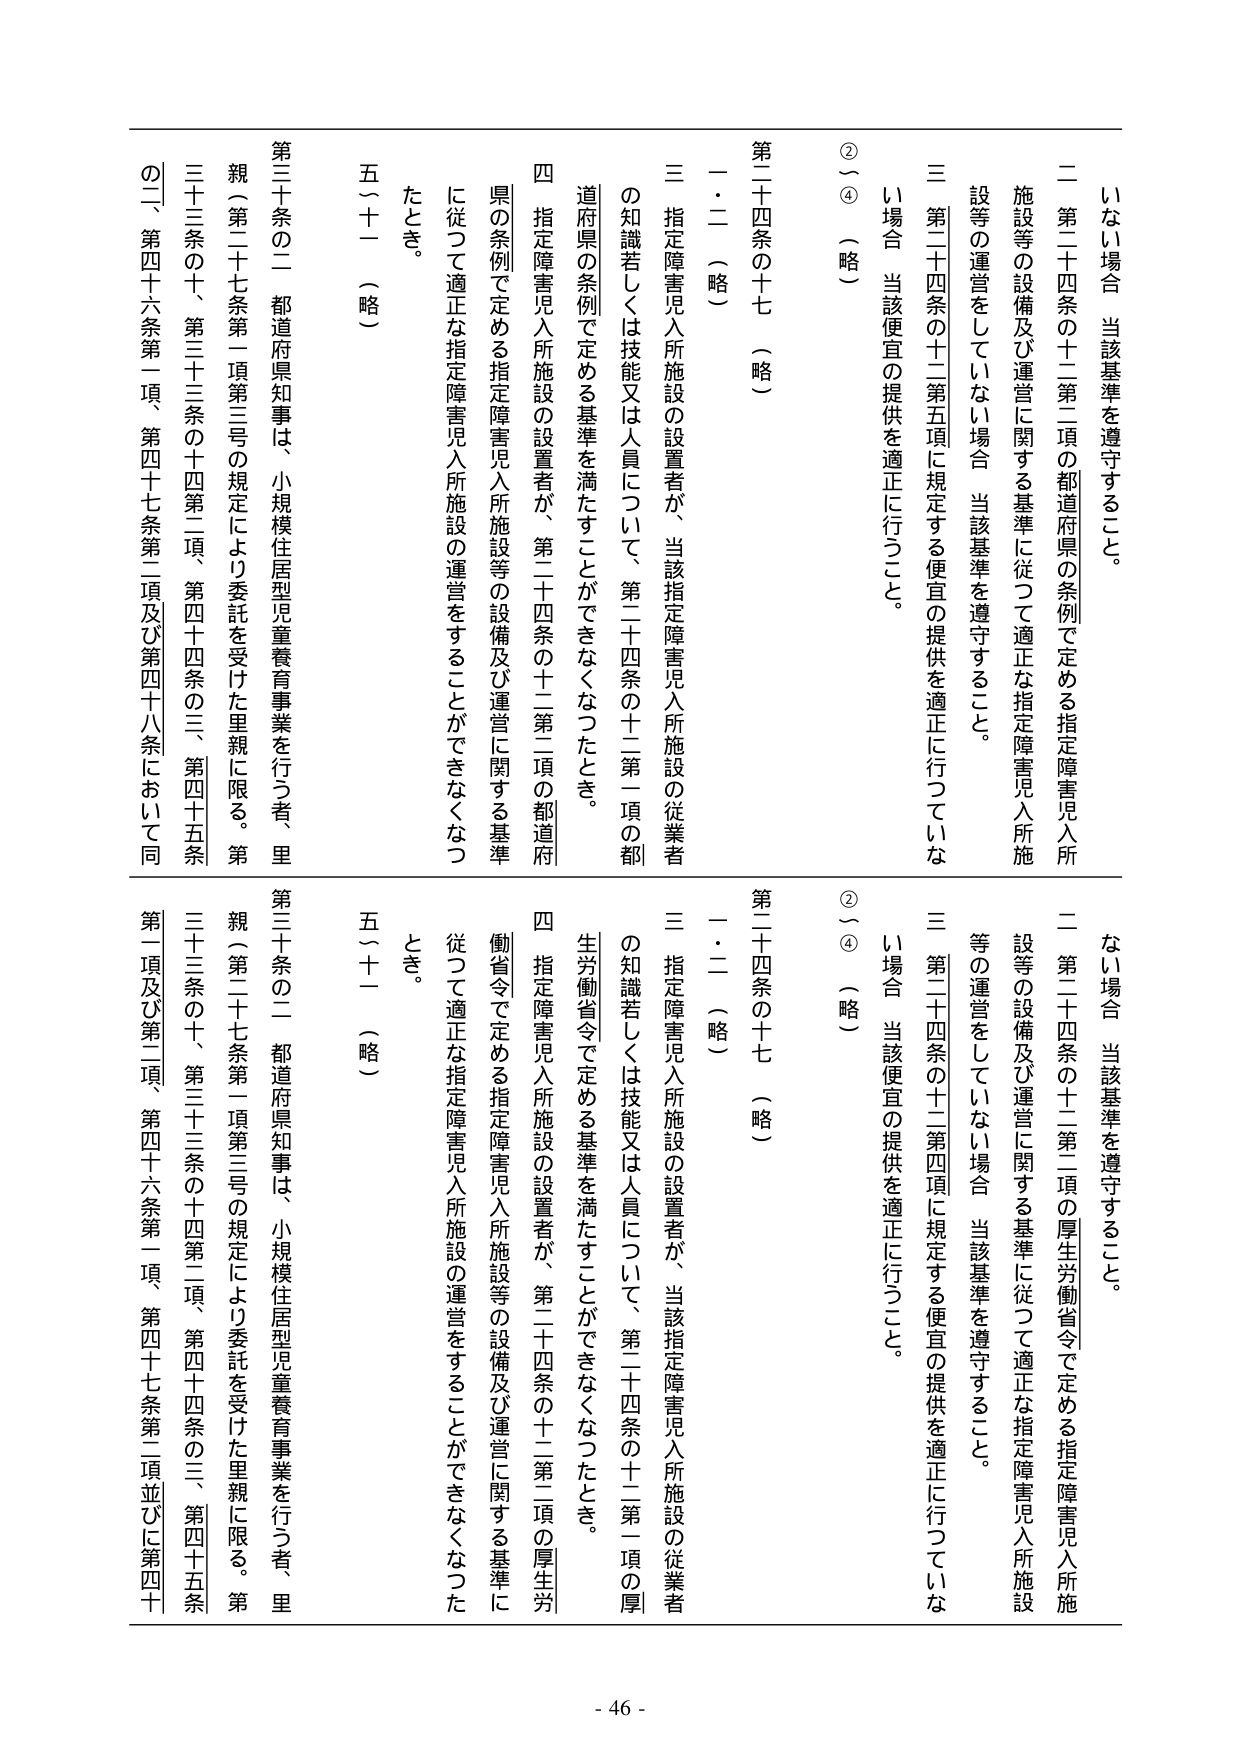
いない場合 当該基準を遵守すること。

二 第二十四条の十二第二項の都道府県の条例で定める指定障害児入所施設等の設備及び運営に関する基準に従って適正な指定障害児入所施設等の運営をしていない場合 当該基準を遵守すること。

三 第二十四条の十二第五項に規定する便宜の提供を適正に行っていない場合 当該便宜の提供を適正に行うこと。

②～④ （略）

第二十四条の十七 （略）

一・二 （略）

三 指定障害児入所施設の設置者が、当該指定障害児入所施設の従業者の知識若しくは技能又は人員について、第二十四条の十二第一項の都道府県の条例で定める基準を満たすことができなくなったとき。

四 指定障害児入所施設の設置者が、第二十四条の十二第二項の都道府県の条例で定める指定障害児入所施設等の設備及び運営に関する基準に従って適正な指定障害児入所施設の運営をすることができなくなったとき。

五～十一 （略）

第三十条の二 都道府県知事は、小規模住居型児童養育事業を行う者、里親（第二十七条第一項第三号の規定により委託を受けた里親に限る。第三十三条の十、第三十三条の十四第二項、第四十四条の三、第四十五条の二、第四十六条第一項、第四十七条第二項及び第四十八条において同

ない場合 当該基準を遵守すること。

二 第二十四条の十二第二項の厚生労働省令で定める指定障害児入所施設等の設備及び運営に関する基準に従って適正な指定障害児入所施設等の運営をしていない場合 当該基準を遵守すること。

三 第二十四条の十二第四項に規定する便宜の提供を適正に行っていない場合 当該便宜の提供を適正に行うこと。

②～④ （略）

第二十四条の十七 （略）

一・二 （略）

三 指定障害児入所施設の設置者が、当該指定障害児入所施設の従業者の知識若しくは技能又は人員について、第二十四条の十二第一項の厚生労働省令で定める基準を満たすことができなくなったとき。

四 指定障害児入所施設の設置者が、第二十四条の十二第二項の厚生労働省令で定める指定障害児入所施設等の設備及び運営に関する基準に従って適正な指定障害児入所施設の運営をすることができなくなったとき。

五～十一 （略）

第三十条の二 都道府県知事は、小規模住居型児童養育事業を行う者、里親（第二十七条第一項第三号の規定により委託を受けた里親に限る。第三十三条の十、第三十三条の十四第二項、第四十四条の三、第四十五条第一項及び第二項、第四十六条第一項、第四十七条第二項並びに第四十

- 46 -